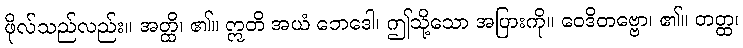
ဖိုလ်သည်လည်း။ အတ္ထိ၊ ၏။ ဣတိ အယံ ဘေဒေါ၊ ဤသို့သော အပြားကို။ ဝေဒိတဗ္ဗော၊ ၏။ တတ္ထ၊